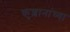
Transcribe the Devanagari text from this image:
कुशानांच्या